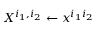
X ^ { i _ { 1 } , i _ { 2 } } \gets x ^ { i _ { 1 } i _ { 2 } }